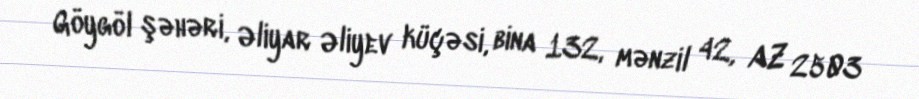
Göygöl şəhəri, Əliyar Əliyev küçəsi, bina 132, mənzil 42, AZ 2503